Annual administration report of the Civil Veterinary Department of India - 1894-1895
Year: 1894
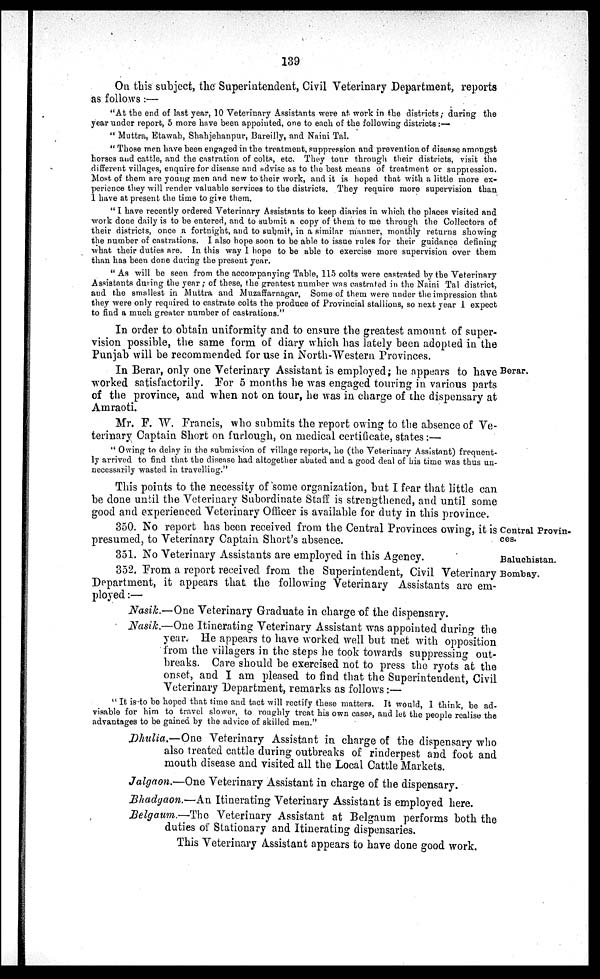
139
On this subject, the Superintendent, Civil Veterinary Department, reports
as follows:—
"At the end of last year, 10 Veterinary Assistants were at work in the districts; during the
year under report, 5 more have been appointed, one to each of the following districts:—
" Muttra, Etawah, Shahjehanpur, Bareilly, and Naini Tal.
" Those men have been engaged in the treatment, suppression and prevention of disease amongst
horses and cattle, and the castration of colts, etc. They tour through their districts, visit the
different villages, enquire for disease and advise as to the best means of treatment or suppression.
Most of them are young men and new to their work, and it is hoped that with a little more ex-
perience they will render valuable services to the districts. They require more supervision than
1 have at present the time to give them.
"I have recently ordered Veterinary Assistants to keep diaries in which the places visited and
work done daily is to be entered, and to submit a copy of them to me through the Collectors of
their districts, once a fortnight, and to submit, in a similar manner, monthly returns showing
the number of castrations. I also hope soon to be able to issue rules for their guidance defining
what their duties are. In this way I hope to be able to exercise more supervision over them
than has been done during the present year.
" As will be seen from the accompanying Table, 115 colts were castrated by the Veterinary
Assistants during the year; of these, the greatest number was castrated in the Naini Tal district,
and the smallest in Muttra and Muzaffarnagar, Some of them were under the impression that
they were only required to castrate colts the produce of Provincial stallions, so next year I expect
to find a much greater number of castrations."
In order to obtain uniformity and to ensure the greatest amount of super-
vision possible, the same form of diary which has lately been adopted in the
Punjab will be recommended for use in North-Western Provinces.
Berar.
In Berar, only one Veterinary Assistant is employed; he appears to have
worked satisfactorily. For 5 months he was engaged touring in various parts
of the province, and when not on tour, he was in charge of the dispensary at
Amraoti.
Mr. F. W. Francis, who submits the report owing to the absence of Ve-
terinary Captain Short on furlough, on medical certificate, states :—
" Owing to delay in the submission of village reports, he (the Veterinary Assistant) frequent-
ly arrived to find that the disease had altogether abated and a good deal of his time was thus un-
necessarily wasted in travelling."
This points to the necessity of some organization, but I fear that little can
be done until the Veterinary Subordinate Staff is strengthened, and until some
good and experienced Veterinary Officer is available for duty in this province.
Central Provin-
ces.
350. No report has been received from the Central Provinces owing, it is
presumed, to Veterinary Captain Short's absence.
Baluchistan
351. No Veterinary Assistants are employed in this Agency.
Bombay.
352. From a report received from the Superintendent, Civil Veterinary
Department, it appears that the following Veterinary Assistants are em-
ployed :—
Nasik.—One Veterinary Graduate in charge of the dispensary.
Nasik.—One Itinerating Veterinary Assistant was appointed during the
year. He appears to have worked well but met with opposition
from the villagers in the steps he took towards suppressing out-
breaks. Care should be exercised not to press the ryots at the
onset, and I am pleased to find that the Superintendent, Civil
Veterinary Department, remarks as follows:—
" It is to be hoped that time and tact will rectify these matters. It would, I think, be ad-
visable for him to travel slower, to roughly treat his own cases, and let the people realise the
advantages to be gained by the advice of skilled men."
Dhulia.—One Veterinary Assistant in charge of the dispensary who
also treated cattle during outbreaks of rinderpest and foot and
mouth disease and visited all the Local Cattle Markets.
Jalgaon.—One Veterinary Assistant in charge of the dispensary.
Bhadgaon.—An Itinerating Veterinary Assistant is employed here.
Belgaum.—The Veterinary Assistant at Belgaum performs both the
duties of Stationary and Itinerating dispensaries.
This Veterinary Assistant appears to have done good work.